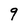
Character: 9